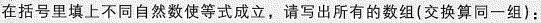
在括号里填上不同自然数使等式成立，请写出所有的数组(交换算同一组)：